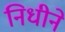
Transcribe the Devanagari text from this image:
निधीने